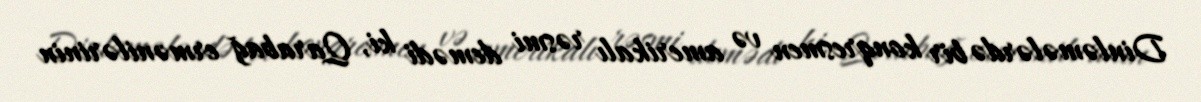
Dinləmələrdə bir konqresmen və amerikalı rəsmi demədi ki, Qarabağ ermənilərinin